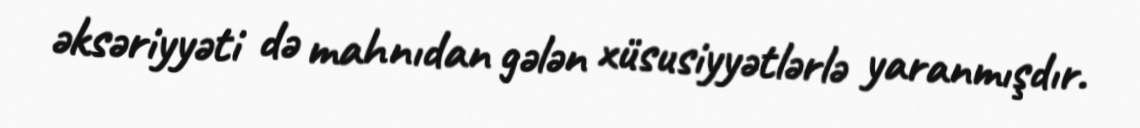
əksəriyyəti də mahnıdan gələn xüsusiyyətlərlə yaranmışdır.